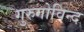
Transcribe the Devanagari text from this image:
गुरुगोविन्द